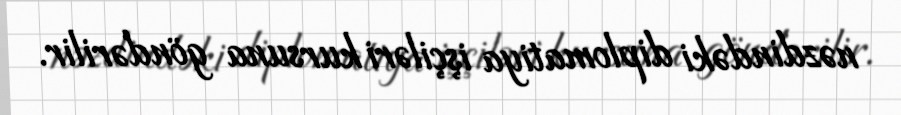
nəzdindəki diplomatiya işçiləri kursuna göndərilir.